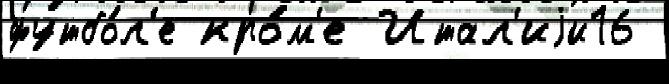
футбо́л'е кро́м'е Итал'иjи16